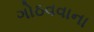
ગોઠવવાના